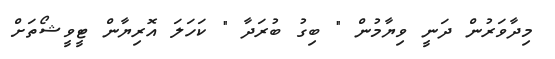
މިދާވަރުން ދަނީ ވިޔާމުން " ބިގު ބުރަދާ " ކަހަލަ އޮރިޔާން ޓީވީޝޯތަށް